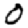
Digit: 0